First report of the anti-malarial operations at Mian Mir, 1901-1903 - Number 6
Year: 1901
Disease focus: Malaria
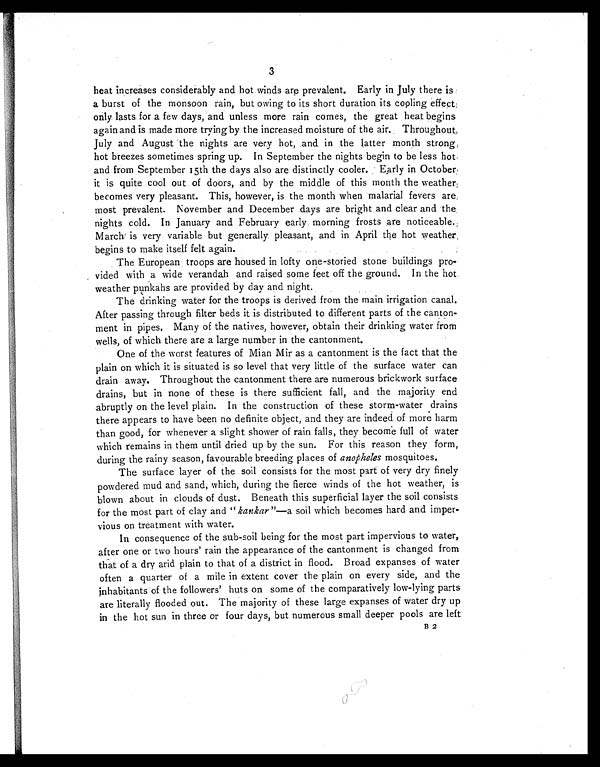
3
heat increases considerably and hot winds are prevalent. Early in July there is
a burst of the monsoon rain, but owing to its short duration its cooling effect:
only lasts for a few days, and unless more rain comes, the great heat begins
again and is made more trying by the increased moisture of the air. Throughout
July and August the nights are very hot, and in the latter month strong,
hot breezes sometimes spring up. In September the nights begin to be less hot,
and from September 15th the days also are distinctly cooler. Early in October,
it is quite cool out of doors, and by the middle of this month the weather;
becomes very pleasant. This, however, is the month when malarial fevers are;
most prevalent. November and December days are bright and clear and the.
nights cold. In January and February early morning frosts are noticeable.
March is very variable but generally pleasant, and in April the hot weather
begins to make itself felt again.
The European troops are housed in lofty one-storied stone buildings pro-
vided with a wide verandah and raised some feet off the ground. In the hot.
weather punkahs are provided by day and night.
The drinking water for the troops is derived from the main irrigation canal.
After passing through filter beds it is distributed to different parts of the canton-
ment in pipes. Many of the natives, however, obtain their drinking water from
wells, of which there are a large number in the cantonment.
One of the worst features of Mian Mir as a cantonment is the fact that the
plain on which it is situated is so level that very little of the surface water can
drain away. Throughout the cantonment there are numerous brickwork surface
drains, but in none of these is there sufficient fall, and the majority end
abruptly on the level plain. In the construction of these storm-water drains
there appears to have been no definite object, and they are indeed of more harm
than good, for whenever a slight shower of rain falls, they become full of water
which remains in them until dried up by the sun. For this reason they form,
during the rainy season, favourable breeding places of anopheles mosquitoes.
The surface layer of the soil consists for the most part of very dry finely
powdered mud and sand, which, during the fierce winds of the hot weather, is
blown about in clouds of dust. Beneath this superficial layer the soil consists
for the most part of clay and "kankar "—a soil which becomes hard and imper-
vious on treatment with water.
In consequence of the sub-soil being for the most part impervious to water,
after one or two hours' rain the appearance of the cantonment is changed from
that of a dry arid plain to that of a district in flood. Broad expanses of water
often a quarter of a mile in extent cover the plain on every side, and the
inhabitants of the followers' huts on some of the comparatively low-lying parts
are literally flooded out. The majority of these large expanses of water dry up
in the hot sun in three or four days, but numerous small deeper pools are left
B 2